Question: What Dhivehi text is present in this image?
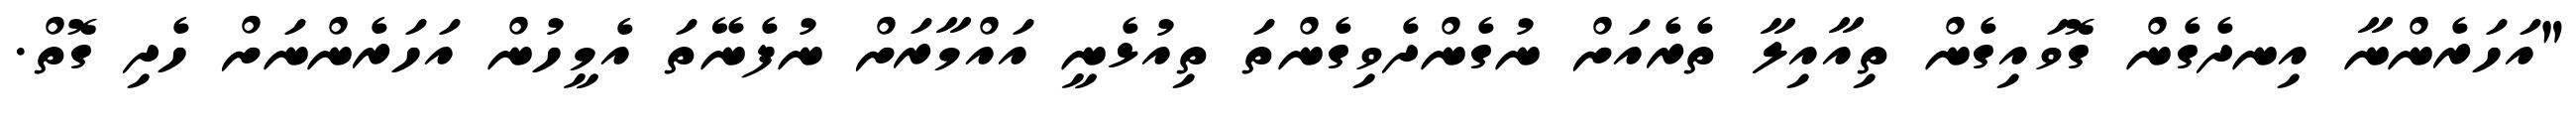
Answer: "އަހަރެންނާ އިނދެގެން ގޮވައިގެން ތިއާއިލާ ތެރެއަށް ނުގެންދެވިގެންތަ ތިއުޅެނީ އައްމާރަށް ނުފެނޭތަ އެމީހުން އަހަރެންނަށް ހެދި ގޮތް.